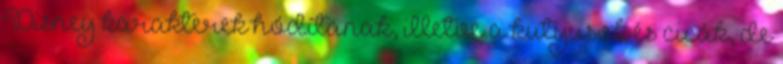
Disney karakterek hódítanak, illetve a kutyusok és cicák, de